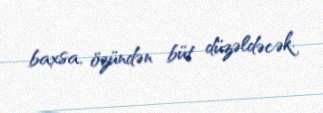
baxsa, özündən büt düzəldəcək.